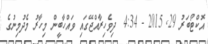
އޮކްޓޯބަރު 29